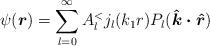
LaTeX: \begin{align*}\psi(\mbox{\boldmath$r$}) = \sum_{l=0}^{\infty}A^{<}_{l}j_{l}(k_{1}r)P_{l}(\mbox{\boldmath${\hat{k}}\cdot{\hat{r}}$})\end{align*}